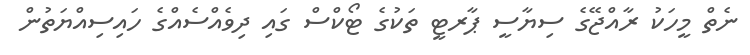
ނެތް މީހަކު ރާއްޖޭގެ ސިޔާސީ ޕާރޓީ ތަކުގެ ޓޯކްސް ގައި ދިވެެއްސެއްގެ ހައިސިއްޔަތުން